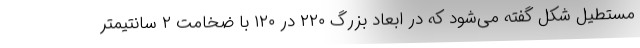
مستطیل شکل گفته می‌شود که در ابعاد بزرگ ۲۲۰ در ۱۲۰ با ضخامت ۲ سانتیمتر